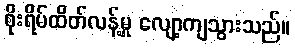
စိုးရိမ်ထိတ်လန့်မှု လျော့ကျသွားသည်။